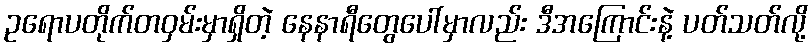
ဥရောပတိုက်တဝှမ်းမှာရှိတဲ့ နေနာရီတွေပေါ်မှာလည်း ဒီအကြောင်းနဲ့ ပတ်သတ်လို့